Report of the Indian Hemp Drugs Commission, 1894-1895 - Volume IV
Year: 1894
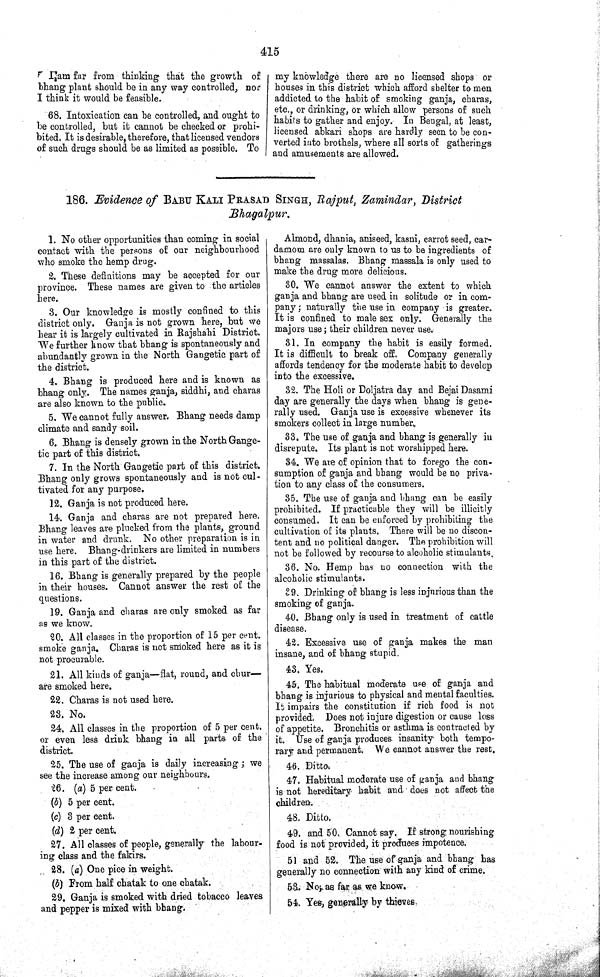
415
I am far from thinking that the growth of
bhang plant should be in any way controlled, nor
I think it would be feasible.
68. Intoxication can be controlled, and ought to
be controlled, but it cannot be checked or prohi-
bited. It is desirable, therefore, that licensed vendors
of such drugs should be as limited as possible. To
my knowledge there are no licensed shops or
houses in this district which afford shelter to men
addicted to the habit of smoking ganja, charas,
etc., or drinking, or which allow persons of such
habits to gather and enjoy. In Bengal, at least,
licensed abkari shops are hardly seen to be con-
verted into brothels, where all sorts of gatherings
and amusements are allowed.
186. Evidence of BABU KALI PRASAD SINGH, Rajput, Zamindar, District
Bhagalpur.
1. No other opportunities than coming in social
contact with the persons of our neighbourhood
who smoke the hemp drug.
2. These definitions may be accepted for our
province. These names are given to the articles
here.
3. Our knowledge is mostly confined to this
district only. Ganja is not grown here, but we
hear it is largely cultivated in Rajshahi District.
We further know that bhang is spontaneously and
abundantly grown in the North Gangetic part of
the district.
4. Bhang is produced here and is known as
bhang only. The names ganja, siddhi, and charas
are also known to the public.
5. We cannot fully answer. Bhang needs damp
climate and sandy soil.
6. Bhang is densely grown in the North Gange-
tic part of this district.
7. In the North Gangetic part of this district.
Bhang only grows spontaneously and is not cul-
tivated for any purpose.
12. Ganja is not produced here.
14. Ganja and charas are not prepared here.
Bhang leaves are plucked from the plants, ground
in water and drunk. No other preparation is in
use here. Bhang-drinkers are limited in numbers
in this part of the district.
16. Bhang is generally prepared by the people
in their houses. Cannot answer the rest of the
questions.
19. Ganja and charas are only smoked as far
as we know.
20. All classes in the proportion of 15 per cent.
smoke ganja. Charas is not smoked here as it is
not procurable.
21. All kinds of ganja—flat, round, and chur—
are smoked here.
22. Charas is not used here.
23. No.
24. All classes in the proportion of 5 per cent.
or even less drink bhang in all parts of the
district.
25. The use of ganja is daily increasing; we
see the increase among our neighbours.
26. (a) 5 per cent.
(b) 5 per cent.
(c) 3 per cent.
(d) 2 per cent.
27. All classes of people, generally the labour-
ing class and the fakirs.
28. (a) One pice in weight.
(b) From half chatak to one chatak.
29. Ganja is smoked with dried tobacco leaves
and pepper is mixed with bhang.
Almond, dhania, aniseed, kasni, carrot seed, car-
damom are only known to us to be ingredients of
bhang massalas. Bhang massala is only used to
make the drug more delicious.
30. We cannot answer the extent to which
ganja and bhang are used in solitude or in com-
pany; naturally the use in company is greater.
It is confined to male sex only. Generally the
majors use; their children never use.
31. In company the habit is easily formed.
It is difficult to break off. Company generally
affords tendency for the moderate habit to develop
into the excessive.
32. The Holi or Doljatra day and Bejai Dasami
day are generally the days when bhang is gene-
rally used. Ganja use is excessive whenever its
smokers collect in large number.
33. The use of ganja and bhang is generally in
disrepute. Its plant is not worshipped here.
34. We are of opinion that to forego the con-
sumption of ganja and bhang would be no priva-
tion to any class of the consumers.
35. The use of ganja and bhang can be easily
prohibited. If practicable they will be illicitly
consumed. It can be enforced by prohibiting the
cultivation of its plants. There will be no discon-
tent and no political danger. The prohibition will
not be followed by recourse to alcoholic stimulants.
36. No. Hemp has no connection with the
alcoholic stimulants.
39. Drinking of bhang is less injurious than the
smoking of ganja.
40. Bhang only is used in treatment of cattle
disease.
42. Excessive use of ganja makes the man
insane, and of bhang stupid.
43. Yes.
45. The habitual moderate use of ganja and
bhang is injurious to physical and mental faculties.
It impairs the constitution if rich food is not
provided. Does not injure digestion or cause loss
of appetite. Bronchitis or asthma is contracted by
it. Use of ganja produces insanity both tempo-
rary and permanent. We cannot answer the rest.
46. Ditto.
47. Habitual moderate use of ganja and bhang
is not hereditary habit and does not affect the
children.
48. Ditto.
49. and 50. Cannot say. If strong nourishing
food is not provided, it produces impotence.
51 and 52. The use of ganja and bhang has
generally no connection with any kind of crime.
53. No, as far as we know.
54. Yes, generally by thieves.